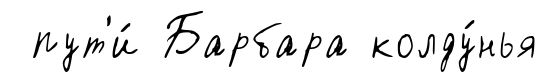
пут'и́ Барбара колду́нья